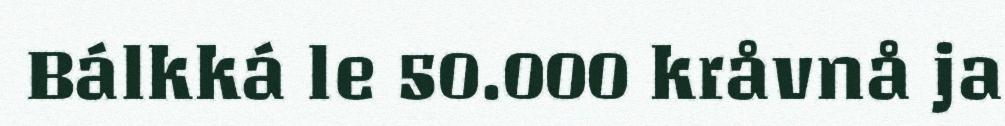
Bálkká le 50.000 kråvnå ja